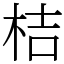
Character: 桔